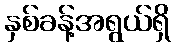
နှစ်ခန့်အရွယ်ရှိ